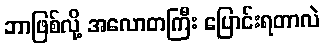
ဘာဖြစ်လို့ အလောတကြီး ပြောင်းရတာလဲ